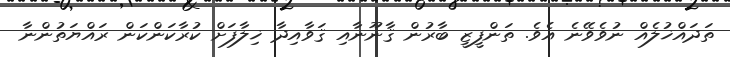
ތަދައްޚުލެއް ނުވެވޭނެ އެވެ. ތަންފީޒީ ބާރުން ޤާނޫނާއި ޤަވާއިދާ ޚިލާފަށް ކުރާކަންކަން ރައްޔަތުންނާ